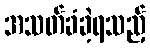
အသတ်ခံခဲ့ရသည့်